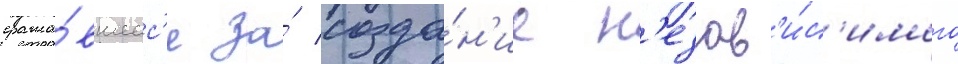
сража́вшеес'я за́ созда́н'ие н'езав'и́с'имого